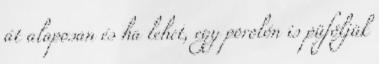
át alaposan és ha lehet, egy porolón is püföljük